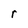
Character: r